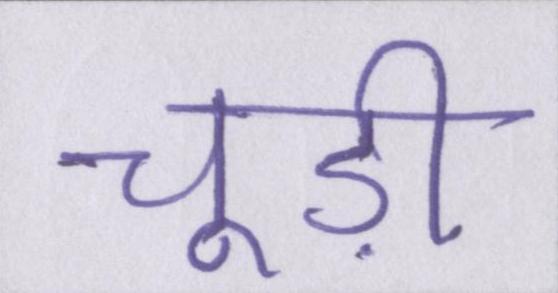
चूड़ी